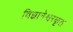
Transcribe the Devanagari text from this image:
विज्ञानेश्वरकृत